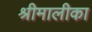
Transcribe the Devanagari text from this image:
श्रीमालीका